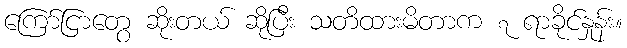
ကြော်ငြာတွေ ဆိုးတယ် ဆိုပြီး သတိထားမိတာက ၇ ရာခိုင်နှုန်း။